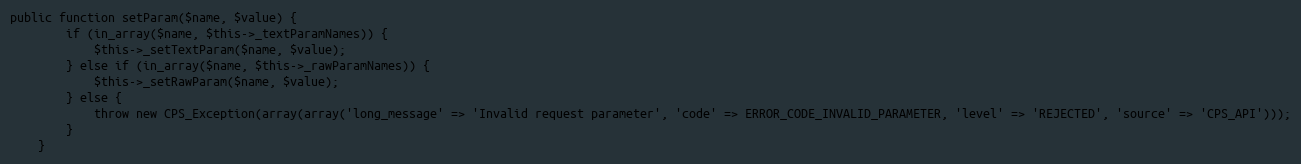
Language: PHP
public function setParam($name, $value) {
        if (in_array($name, $this->_textParamNames)) {
            $this->_setTextParam($name, $value);
        } else if (in_array($name, $this->_rawParamNames)) {
            $this->_setRawParam($name, $value);
        } else {
            throw new CPS_Exception(array(array('long_message' => 'Invalid request parameter', 'code' => ERROR_CODE_INVALID_PARAMETER, 'level' => 'REJECTED', 'source' => 'CPS_API')));
        }
    }